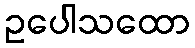
ဥပေါသထော